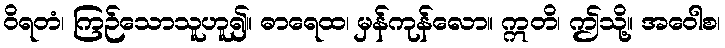
ဝိရတံ၊ ကြဉ်သောသူဟူ၍။ ဓာရေထ၊ မှန်ကုန်လော။ ဣတိ၊ ဤသို့။ အဝေါစ၊